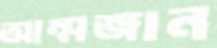
আম্মজান